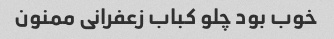
خوب بود چلو کباب زعفرانى ممنون